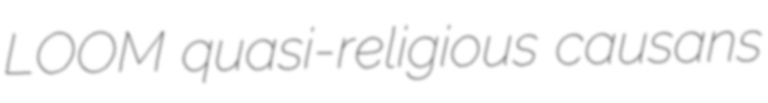
LOOM quasi-religious causans